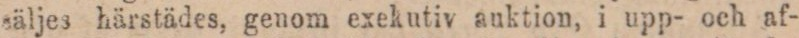
säljes härstädes, genom exekutiv auktion, i upp- och af-